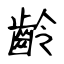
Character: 齡